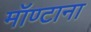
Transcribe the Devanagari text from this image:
मॉण्टाना